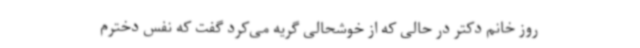
روز خانم دکتر در حالی‌ که از خوشحالی گریه می‌کرد گفت که نفس دخترم